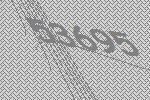
53695